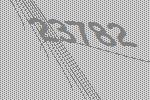
23782